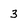
Character: 3